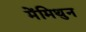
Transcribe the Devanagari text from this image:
मेंमिथुन